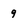
Character: 9